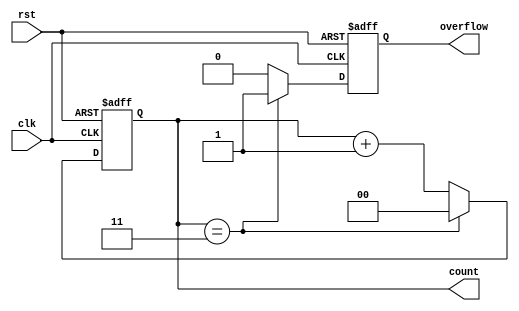
module divide_by_n_counter #(
    parameter N = 4 // Parameter for the divide value, default is 4
)(
    input wire clk,     // Clock signal
    input wire rst,     // Asynchronous reset signal
    output reg [clog2(N)-1:0] count, // Current count value
    output reg overflow // Overflow signal
);

    // Function to calculate the log base 2 of N
    function integer clog2;
        input integer value;
        begin
            value = value - 1;
            for (clog2 = 0; value > 0; clog2 = clog2 + 1)
                value = value >> 1;
        end
    endfunction

    // Always block for counter logic
    always @(posedge clk or posedge rst) begin
        if (rst) begin
            count <= 0;        // Reset count to 0
            overflow <= 0;     // Reset overflow signal
        end else begin
            if (count == N-1) begin
                count <= 0;    // Reset count to 0 when it reaches N
                overflow <= 1;  // Assert overflow signal
            end else begin
                count <= count + 1; // Increment count
                overflow <= 0;  // Deassert overflow signal
            end
        end
    end

endmodule